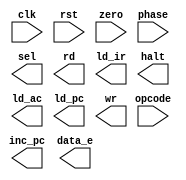
`timescale 1ns / 1ps
//////////////////////////////////////////////////////////////////////////////////
// Company: 
// Engineer: 
// 
// Design Name: 
// Module Name: controller
// Project Name: 
// Target Devices: 
// Tool Versions: 
// Description: 
// 
// Dependencies: 
// 
// Revision:
// Revision 0.01 - File Created
// Additional Comments:
// 
//////////////////////////////////////////////////////////////////////////////////


module controller(
        input wire clk, rst, zero, phase,
        input wire [2:0] opcode,
        output reg sel, rd, ld_ir, halt, inc_pc, ld_ac, ld_pc, wr, data_e
    );
    
    parameter HLT = 3'b000, SKZ = 3'b001, ADD = 3'b010, AND = 3'b011, XOR = 3'b100, LDA = 3'b101, STO = 3'b110, JMP = 3'b111;
    
    parameter inst_addr = 8, inst_fetch = 9, inst_load = 10, idle = 11, op_addr = 12, op_fetch = 13,
    alu_op = 14, store = 15;
    reg [2:0] PS, NS;
    
    
    reg aluop;
    always @(opcode)
        begin
            case(opcode)
                ADD: aluop = 1;
                AND : aluop = 1;
                XOR : aluop = 1;
                LDA : aluop = 1;
            default : aluop = 0;
            endcase
        end
    
    
    always @(posedge clk)
        begin
        if (rst)
        PS <= inst_addr;
        else 
        PS <= NS;
        end
        
        always @(PS)
        begin 
            case(PS)
                inst_addr: 
                begin
                NS <= inst_fetch;
                sel = 1; rd = 0; ld_ir = 0; halt = 0; inc_pc = 0; ld_ac = 0; ld_pc = 0; wr = 0; data_e = 0;
                end
                
                inst_fetch: 
                begin
                NS <= inst_load;
                sel = 1; rd = 1; ld_ir = 0; halt = 0; inc_pc = 0; ld_ac = 0; ld_pc = 0; wr = 0; data_e = 0;
                end
                    
                inst_load: 
                begin
                NS <= idle;
                sel = 1; rd = 1; ld_ir = 1; halt = 0; inc_pc = 0; ld_ac = 0; ld_pc = 0; wr = 0; data_e = 0;
                end
                
                idle: 
                begin
                NS <= op_addr;
                sel = 1; rd = 1; ld_ir = 1; halt = 0; inc_pc = 0; ld_ac = 0; ld_pc = 0; wr = 0; data_e = 0;
                end
                
                op_addr: 
                begin
                NS <= op_fetch;
                sel = 0; rd = 0; ld_ir = 0; halt = HLT; inc_pc = 1; ld_ac = 0; ld_pc = 0; wr = 0; data_e = 0;
                end
                
                op_fetch: 
                begin
                NS <= alu_op;
                sel = 1; rd = aluop; ld_ir = 0; halt = 0; inc_pc = 0; ld_ac = 0; ld_pc = 0; wr = 0; data_e = 0;
                end
                
                alu_op: 
                begin
                NS <= store;
                sel = 1; rd = aluop; ld_ir = 0; halt = 0; inc_pc = SKZ && zero; ld_ac = 0; ld_pc = JMP; wr = 0; data_e = STO;
                end
                
                store: 
                begin
                NS <= inst_addr;
                sel = 1; rd = aluop; ld_ir = 0; halt = 0; inc_pc = 0; ld_ac = aluop; ld_pc = JMP; wr = STO; data_e = STO;
                end
            endcase
        end
endmodule